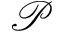
\mathcal { P }